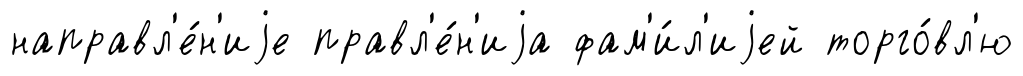
направл'е́н'иjе правл'е́н'иjа фам'и́л'иjей торго́вл'ю